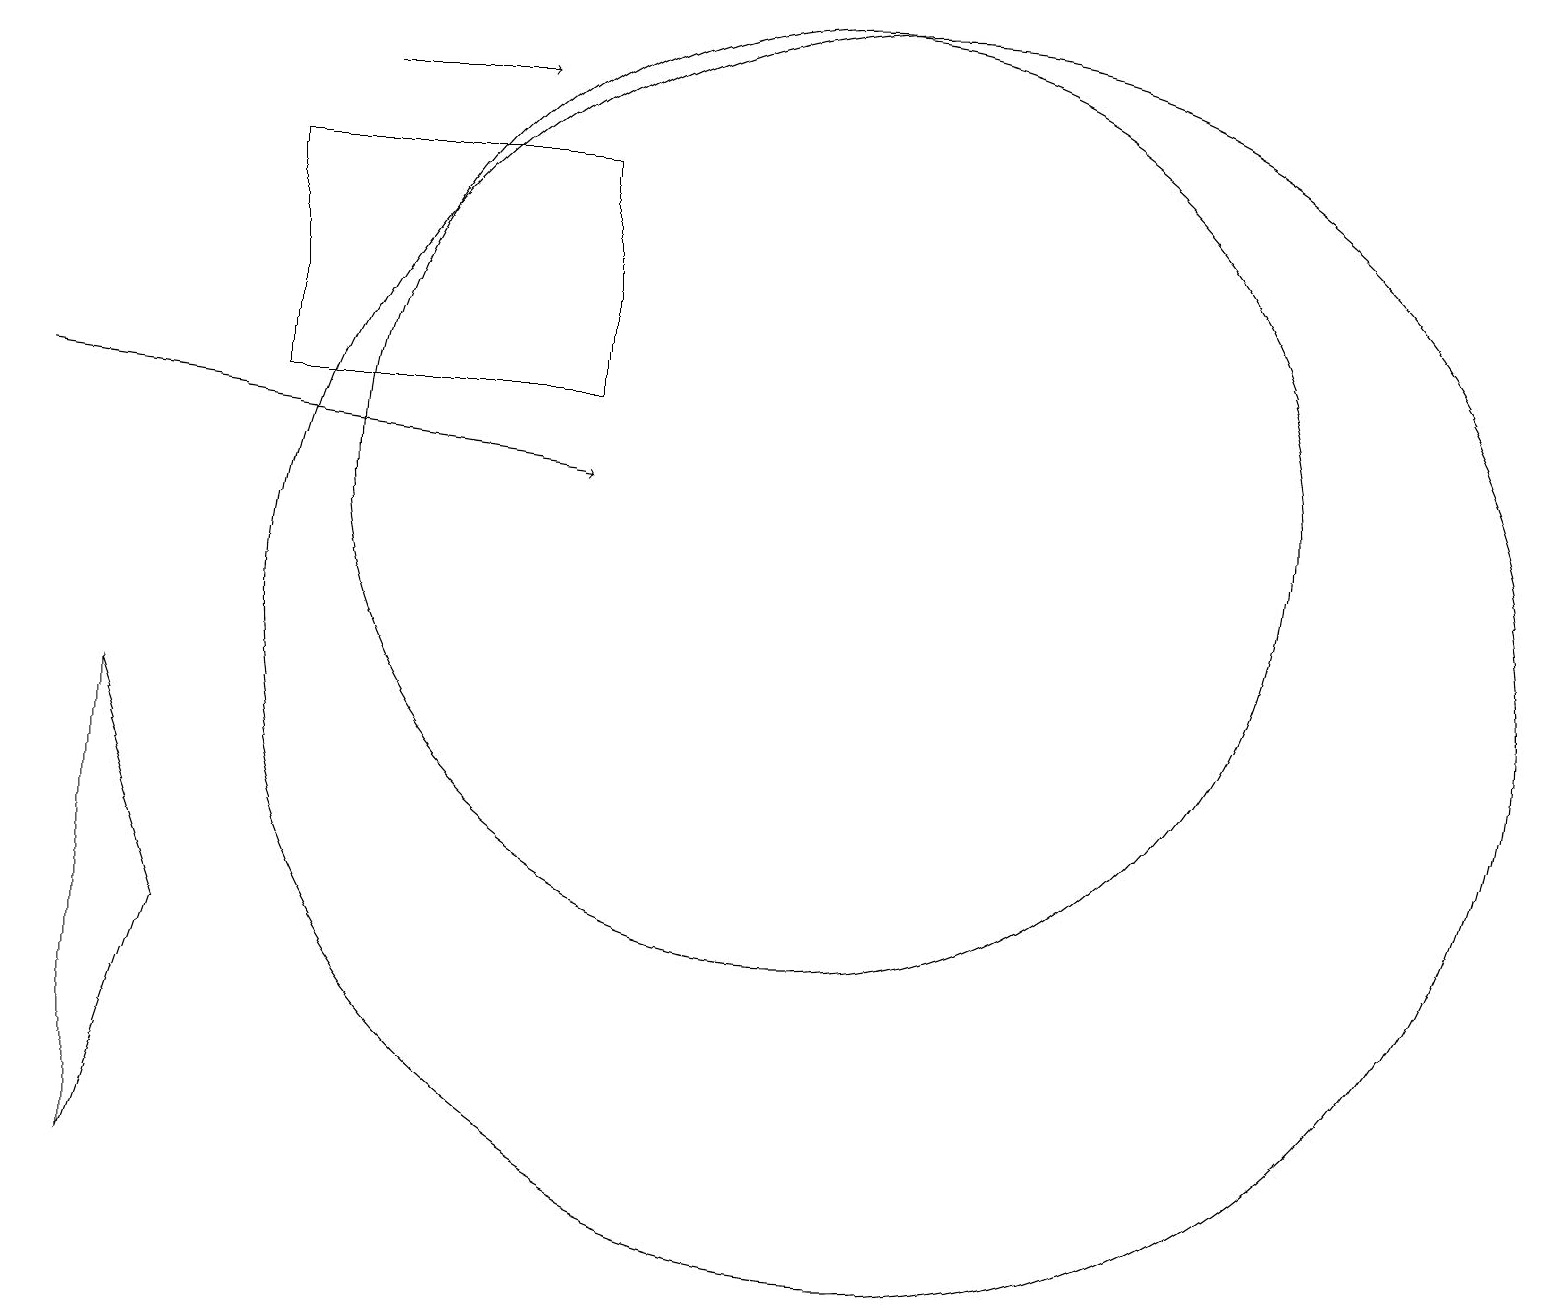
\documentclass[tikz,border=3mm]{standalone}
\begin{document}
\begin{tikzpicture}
\draw[->] (0,13) -- (7,12);
\draw[->] (4,17) -- (6,17);
\draw (11,10) circle (8);
\draw (1,3) -- (1,9) -- (2,6) -- cycle;
\draw (3,16) rectangle (7,13);
\draw (10,12) circle (6);
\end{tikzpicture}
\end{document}